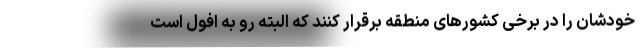
خودشان را در برخی کشورهای منطقه برقرار کنند که البته رو به افول است